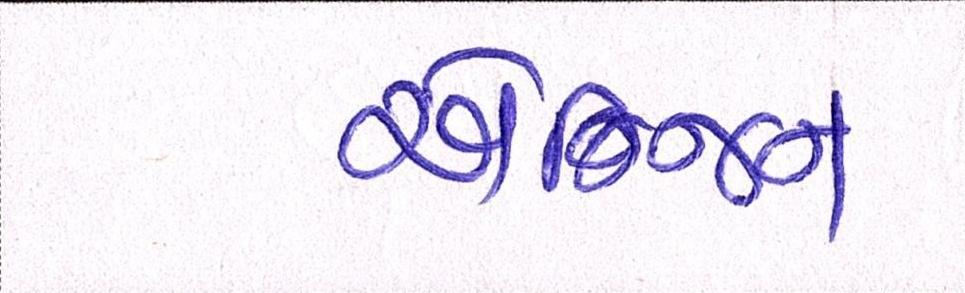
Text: એન્જિન